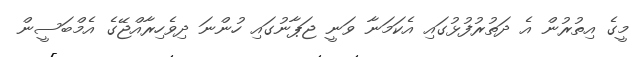
މީގެ އިތުރުން އެ ދަތުރުފުޅުގައި އެކަމަނާ ވަނީ ޖަޕާނުގައި ހުންނަ ދިވެހިރާއްޖޭގެ އެމްބަސީން